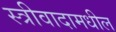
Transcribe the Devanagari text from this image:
स्त्रीवादामधील